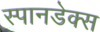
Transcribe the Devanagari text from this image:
स्पानडेक्स